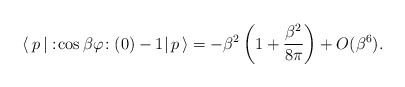
\begin{align*}\langle \,p\,|\,\!:\!\cos \beta \varphi \!:(0)-1|\,p\,\rangle =-\beta^{2}\left( 1+\frac{\beta ^{2}}{8\pi }\right) +O(\beta ^{6}).\end{align*}